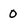
Character: 0